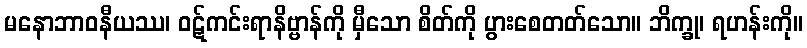
မနောဘာဝနီယဿ၊ ဝဋ်ကင်းရာနိဗ္ဗာန်ကို မှီသော စိတ်ကို ပွားစေတတ်သော။ ဘိက္ခု၊ ရဟန်းကို။